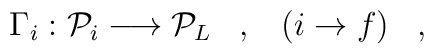
\Gamma_i: {\cal P}_i \longrightarrow {\cal P}_L\;\;\;,\;\;\;(i \rightarrow f) \;\;\;     ,